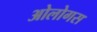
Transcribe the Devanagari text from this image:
ओलोगस